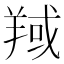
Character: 𦎘